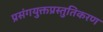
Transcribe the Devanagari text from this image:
प्रसंगयुक्तप्रस्तुतिकरण